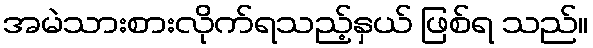
အမဲသားစားလိုက်ရသည့်နှယ် ဖြစ်ရ သည်။